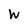
Character: W